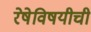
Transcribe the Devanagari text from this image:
रेषेविषयीची